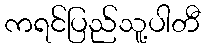
ကရင်ပြည်သူ့ပါတီ